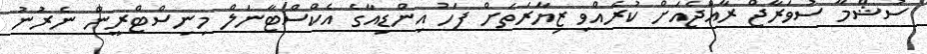
ސުޝްމާ ސުވަރާޖް ރާއްޖެއަށް ކުރެއްވި ޒިޔާރަތަށް ފަހު އިންޑިއާގެ އެކްސްޓާނަލް މިނިސްޓްރީން ނެރުނު